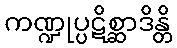
ကဏ္ဍုပ္ပဋိစ္ဆာဒိန္တိ